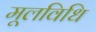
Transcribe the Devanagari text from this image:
मूलविधि